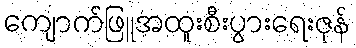
ကျောက်ဖြူအထူးစီးပွားရေးဇုန်